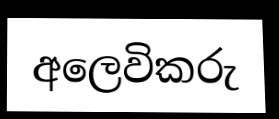
අලෙවිකරු